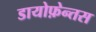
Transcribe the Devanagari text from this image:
डायोफ़ेन्तस